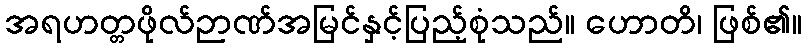
အရဟတ္တဖိုလ်ဉာဏ်အမြင်နှင့်ပြည့်စုံသည်။ ဟောတိ၊ ဖြစ်၏။